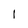
Character: 1